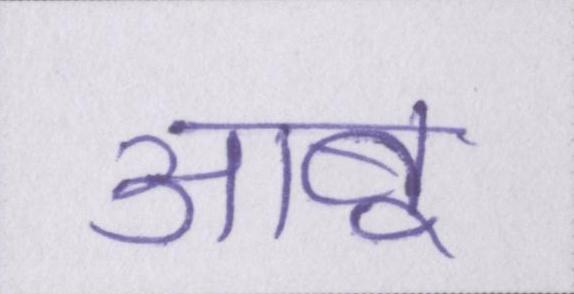
आबू